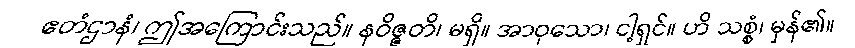
ဧတံဌာနံ၊ ဤအကြောင်းသည်။ နဝိဇ္ဇတိ၊ မရှိ။ အာဝုသော၊ ငါ့ရှင်။ ဟိ သစ္စံ၊ မှန်၏။